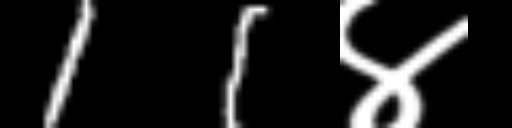
Text: 11४